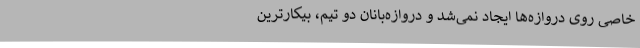
خاصی روی دروازه‌ها ایجاد نمی‌شد و دروازه‌بانان دو تیم، بیکارترین